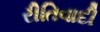
રીતિવાદી